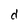
Character: e